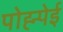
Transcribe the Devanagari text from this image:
पोह्न्पेई